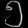
Digit: ၅